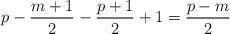
LaTeX: \begin{align*}p-\frac{m+1}{2}-\frac{p+1}{2}+1=\frac{p-m}{2}\end{align*}